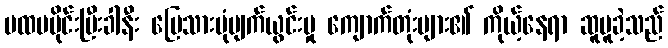
ပထမပိုင်းပြီးခါနီး မြေသားပုံပျက်ယွင်းမှု ကျောက်တုံးများ၏ ကိုယ့်နေရာ ဆူပူခဲ့သည်